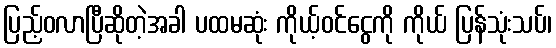
ပြည့်ဝလာပြီဆိုတဲ့အခါ ပထမဆုံး ကိုယ့်ဝင်ငွေကို ကိုယ် ပြန်သုံးသပ်၊